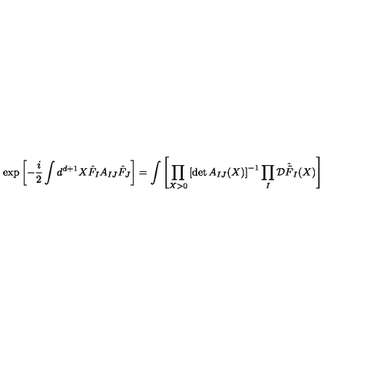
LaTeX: \exp \left[ - \frac { i } { 2 } \int d ^ { d + 1 } X \hat { F } _ { I } A _ { I J } \hat { F } _ { J } \right] = \int \left[ \prod _ { X > 0 } \left[ \det A _ { I J } ( X ) \right] ^ { - 1 } \prod _ { I } { \cal D } \hat { \tilde { F } } _ { I } ( X ) \right]